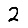
Digit: 2